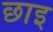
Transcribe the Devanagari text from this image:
छाइ